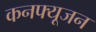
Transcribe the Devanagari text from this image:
कनफ्यूजन